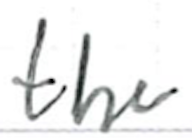
Text: the
Cross-out: clean
Writing tool: ballpoint